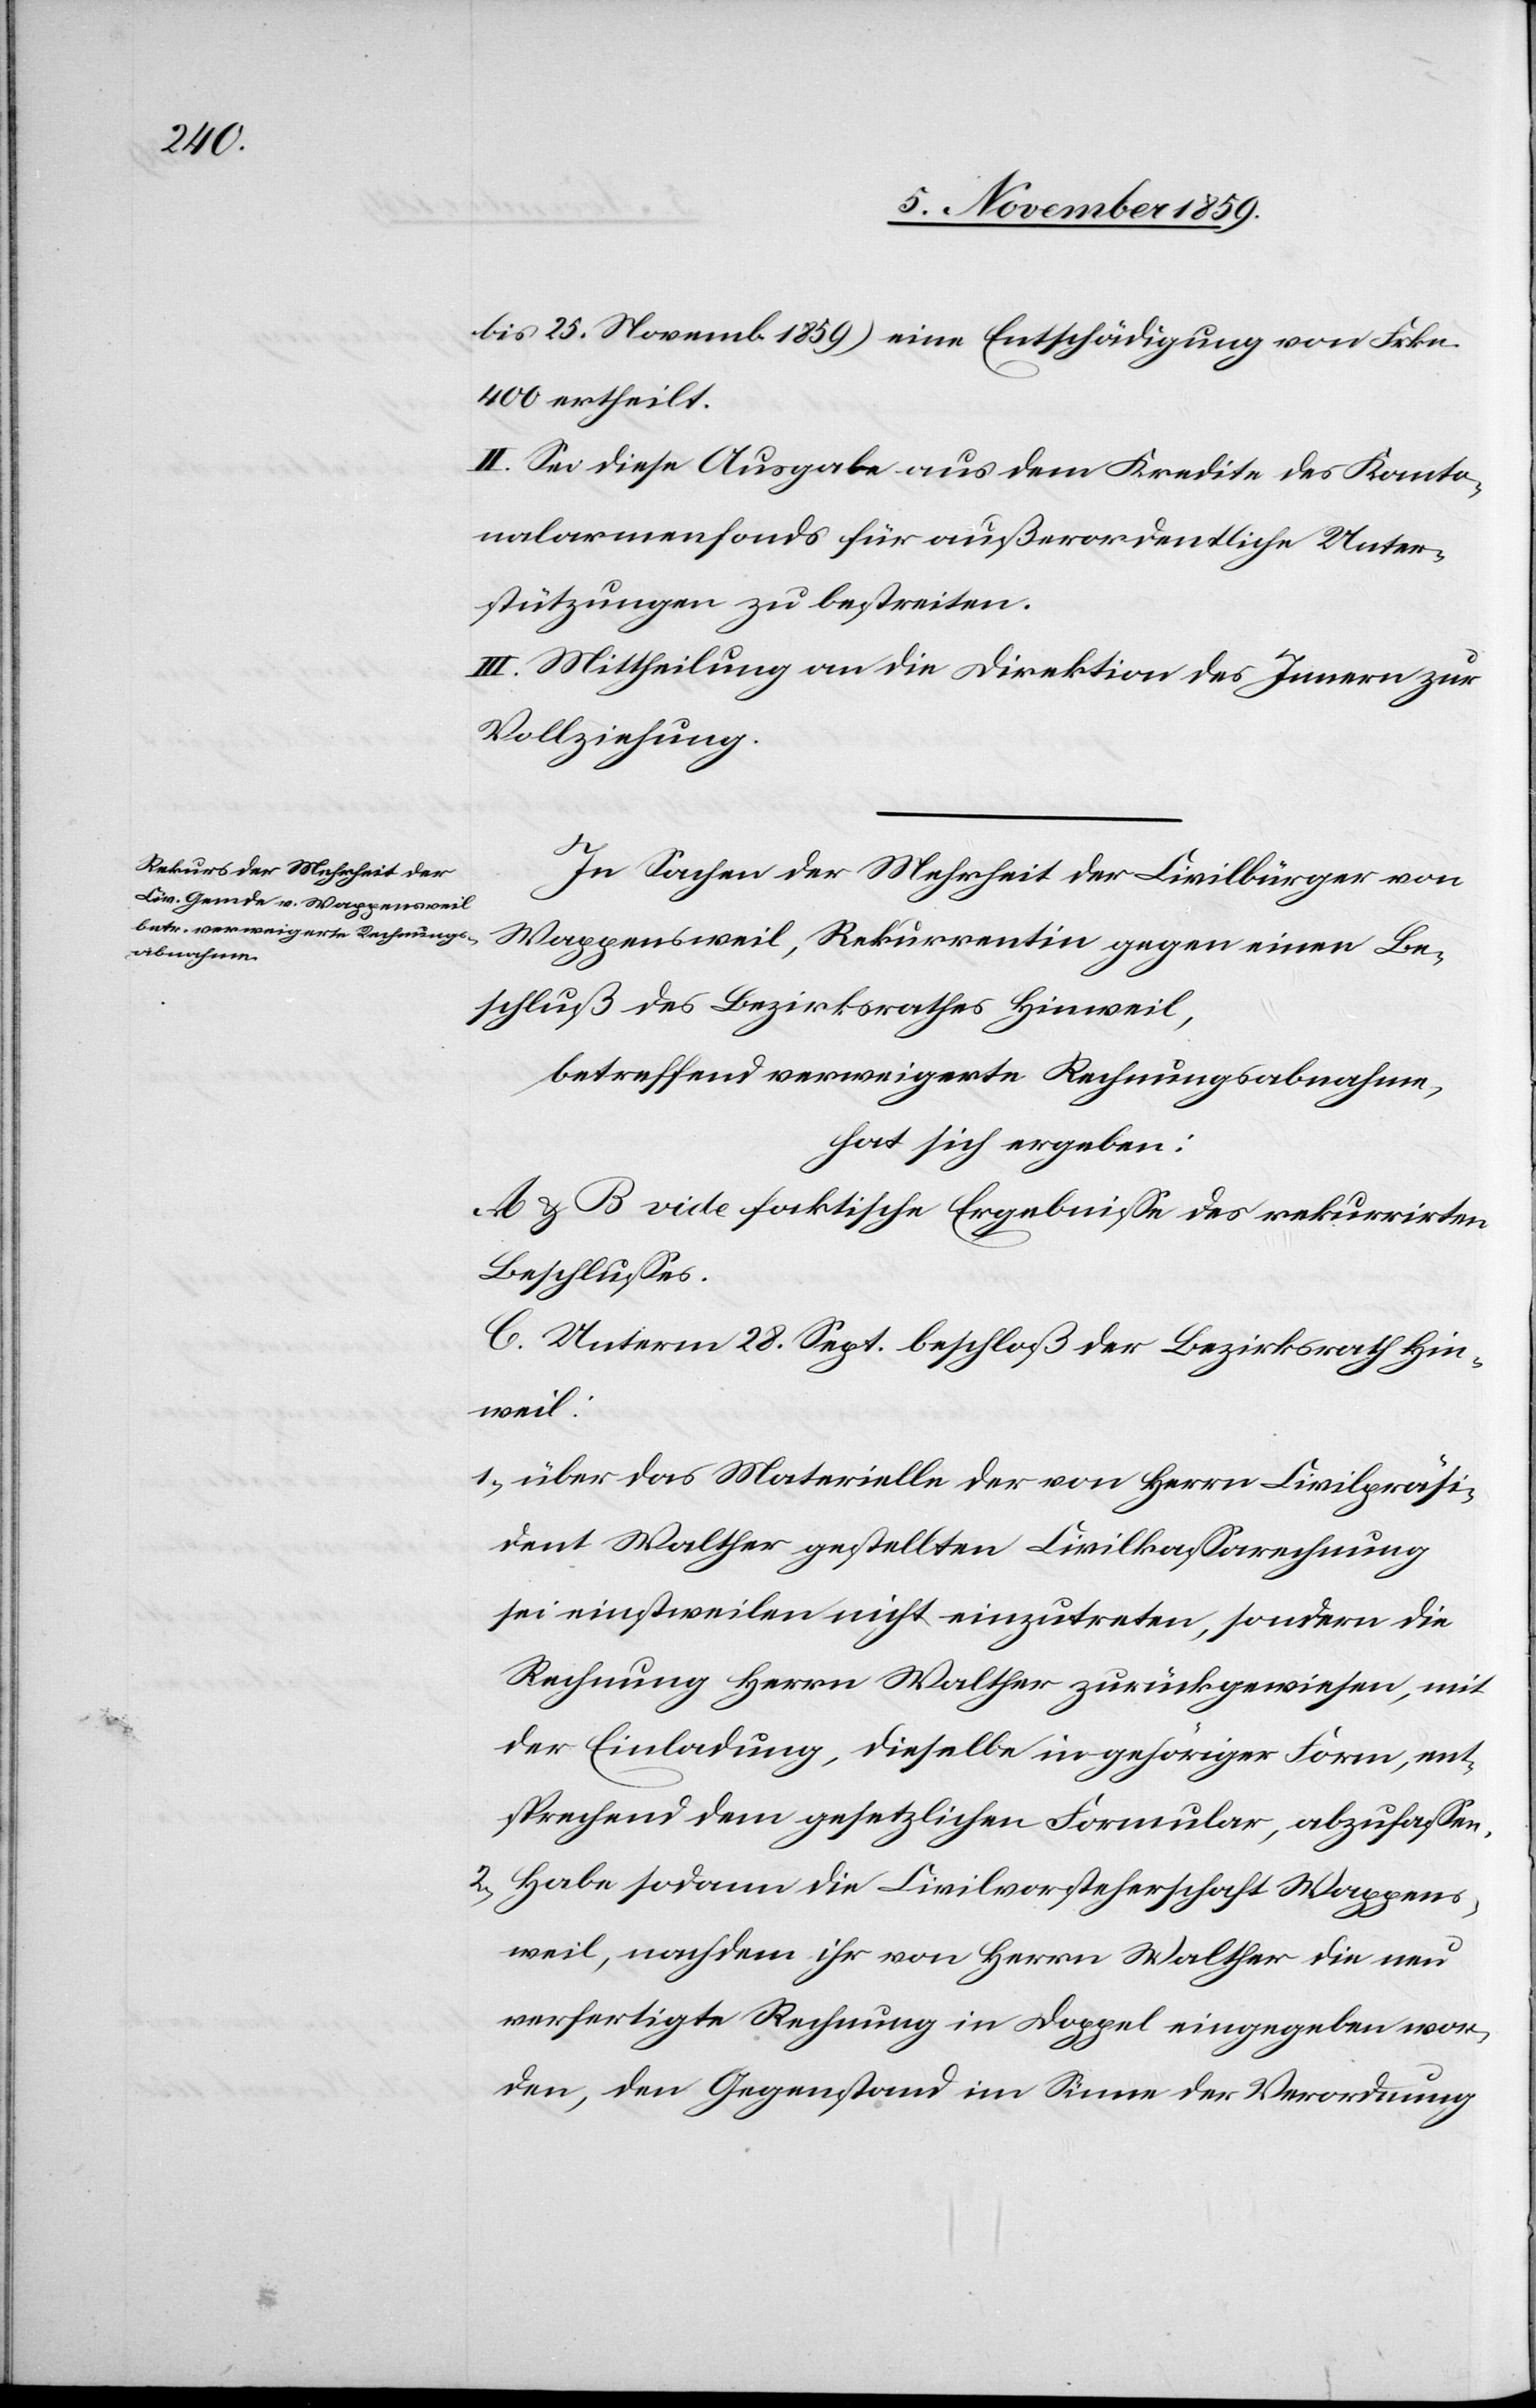
bis 25. Novemb. 1859) eine Entschädigung von Frk.
400 ertheilt.
II. Sei diese Ausgabe aus dem Kredite des Kanto¬
nalarmendfonds für außerordentliche Unter¬
stützungen zu bestreiten.
III. Mittheilung an die Direktion des Innern zur
Vollziehung.
In Sachen der Mehrheit der Civilbürger von
Wappensweil, Rekurrentin gegen einen Be¬
schluß des Bezirksrathes Hinweil,
betreffend verweigerter Rechnungsabnahme,
hat sich ergeben:
A & B vide faktische Ergebnisse des rekurrirten
Beschlusses.
C. Unterm 28. Sept. beschloß der Bezirksrath Hin¬
weil:
1) über das Materielle der von Herrn Civilpräsi¬
dent Walther gestellten Civilkassarechnung
sei einstweilen nicht einzutreten, sondern die
Rechnung Herrn Walther zurückgewiesen, mit
der Einladung, dieselbe in gehöriger Form, ent¬
sprechend dem gesetzlichen Formular, abzufassen.
2) habe sodann die Civilvorsteherschaft Wappens¬
weil, nachdem ihr von Herrn Walther die nun
verfertigte Rechnung in Doppel eingegeben wor¬
den, den Gegenstand im Sinne der Verordnung